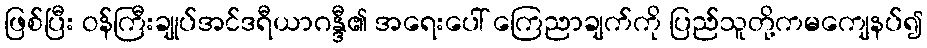
ဖြစ်ပြီး ဝန်ကြီးချုပ်အင်ဒရီယာဂန္ဒီ၏ အရေးပေါ် ကြေညာချက်ကို ပြည်သူတို့ကမကျေနပ်၍